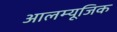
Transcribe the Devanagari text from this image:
आलम्यूजिक